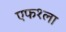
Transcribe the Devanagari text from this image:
एफ१ला